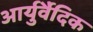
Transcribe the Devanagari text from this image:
आर्युर्वैदिक